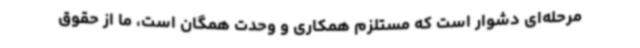
مرحله‌ای دشوار است که مستلزم همکاری و وحدت همگان است، ما از حقوق